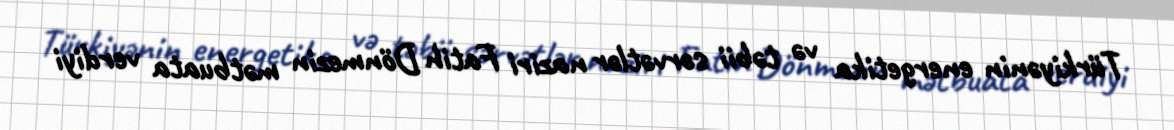
Türkiyənin energetika və təbii sərvətlər naziri Fatih Dönmezin mətbuata verdiyi